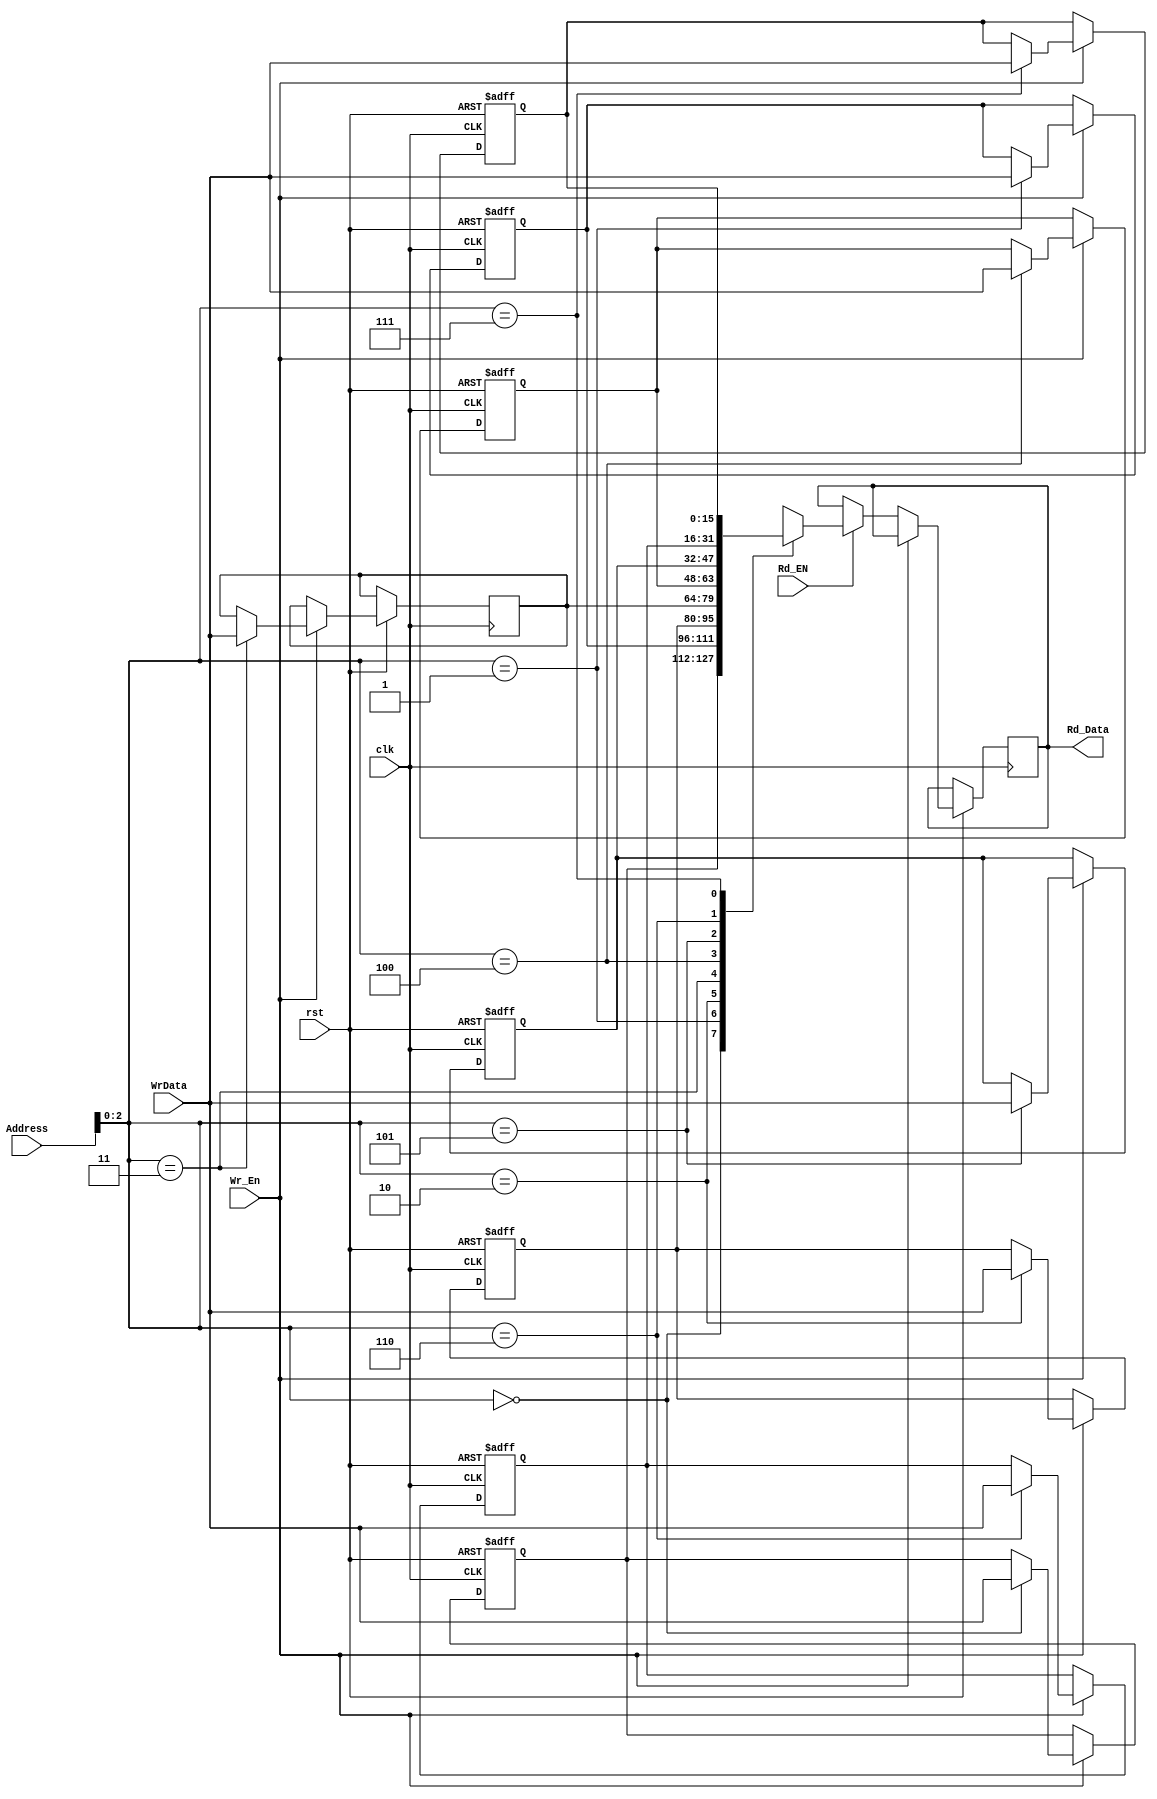
module Register_File #
(parameter mem_width=16,
 parameter mem_Depth=8,
 parameter add_width=4)
(
input  wire  [mem_width-1:0]  WrData,
input  wire  [add_width-1:0]  Address,
input  wire                   Wr_En,Rd_EN,clk,rst,
output reg   [mem_width-1:0]  Rd_Data

);

reg [mem_width-1:0] Reg_File [mem_Depth-1:0];

always @(posedge clk or negedge rst)
begin

if(!rst)
begin

Reg_File[0]<=8'b0;
Reg_File[1]<=8'b0;
Reg_File[2]<=8'b0;
Reg_File[4]<=8'b0;
Reg_File[5]<=8'b0;
Reg_File[6]<=8'b0;
Reg_File[7]<=8'b0;

end

else if(Wr_En)
begin

Reg_File[Address]<=WrData;

end

else if(Rd_EN)
begin

Rd_Data<=Reg_File[Address];

end

end

endmodule